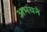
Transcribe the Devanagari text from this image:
अभयने